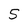
Character: 5